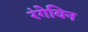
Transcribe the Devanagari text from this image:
रंगेविन